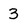
Character: 3